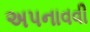
અપનાવવી